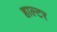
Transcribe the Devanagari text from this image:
हाल्टर